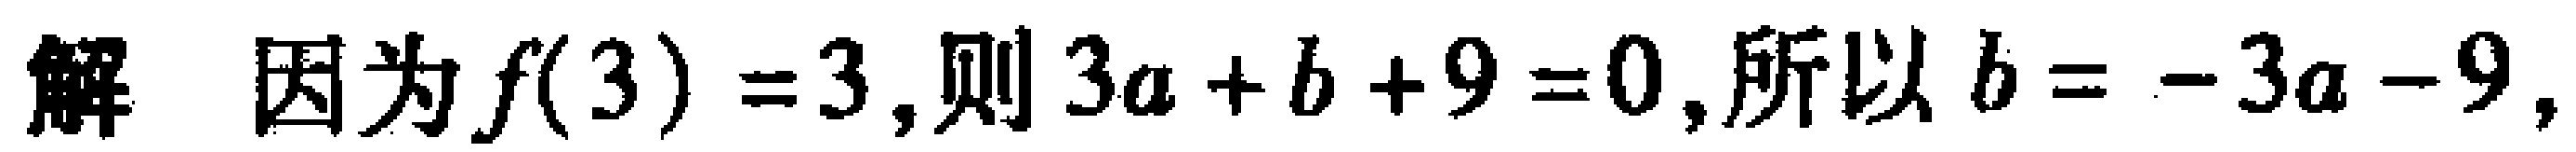
解 因为$f(3)=3$,则$3a + b + 9 = 0$,所以$b = - 3a - 9$,